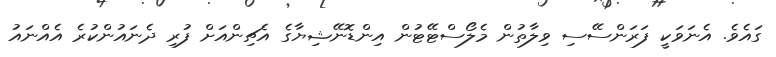
ގައެވެ. އެނަވަކީ ފަރަންސޭސި ވިލާތުން މެލޯސްޓޭޓުން އިންޑޮނޭޝިޔާގެ އެޗިންއަށް ފުރި ދެނައުންކުރެ އެއްނައު